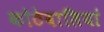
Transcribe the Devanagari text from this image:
कोठेवालियां